Leaving Certificate Examination (including Day School Certificate (Higher) General paper), 1936
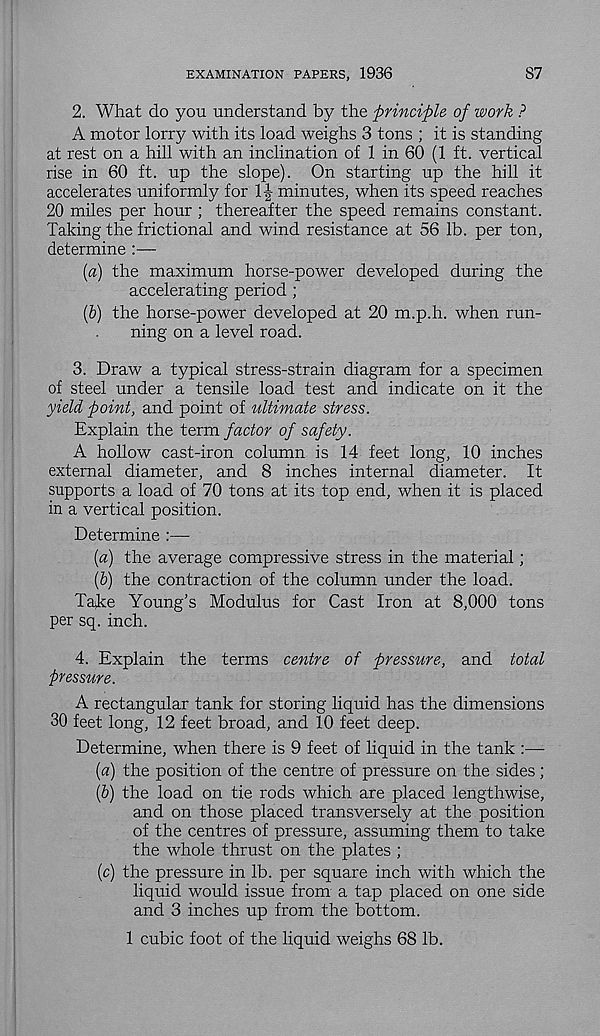
EXAMINATION PAPERS, 1936
87
2. What do you understand by the principle of work ?
A motor lorry with its load weighs 3 tons ; it is standing
at rest on a hill with an inclination of 1 in 60 (1 ft. vertical
rise in 60 ft. up the slope). On starting up the hill it
accelerates uniformly for 1J minutes, when its speed reaches
20 miles per hour ; thereafter the speed remains constant.
Taking the frictional and wind resistance at 56 lb. per ton,
determine :—
[а) the maximum horse-power developed during the
accelerating period ;
(б) the horse-power developed at 20 m.p.h. when run-
ning on a level road.
3. Draw a typical stress-strain diagram for a specimen
of steel under a tensile load test and indicate on it the
yield point, and point of ultimate stress.
Explain the term factor of safety.
A hollow cast-iron column is 14 feet long, 10 inches
external diameter, and 8 inches internal diameter. It
supports a load of 70 tons at its top end, when it is placed
in a vertical position.
Determine :—
{a) the average compressive stress in the material;
(&) the contraction of the column under the load.
Tahe Young’s Modulus for Cast Iron at 8,000 tons
per sq. inch.
4. Explain the terms centre of pressure, and total
pressure.
A rectangular tank for storing liquid has the dimensions
30 feet long, 12 feet broad, and 10 feet deep.
Determine, when there is 9 feet of liquid in the tank :—-
(а) the position of the centre of pressure on the sides ;
(б) the load on tie rods which are placed lengthwise,
and on those placed transversely at the position
of the centres of pressure, assuming them to take
the whole thrust on the plates ;
(c) the pressure in lb. per square inch with which the
liquid would issue from a tap placed on one side
and 3 inches up from the bottom.
1 cubic foot of the liquid weighs 68 lb.